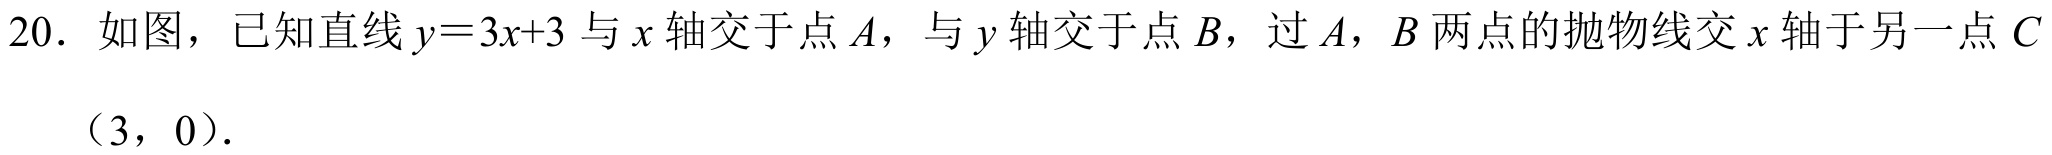
20. 如图，已知直线\(y = 3x + 3\)与\(x\)轴交于点\(A\)，与\(y\)轴交于点\(B\)，过\(A\)，\(B\)两点的抛物线交\(x\)轴于另一点\(C\)
\((3,0)\).